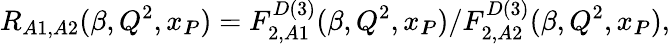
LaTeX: R_{A1,A2}(\beta,Q^{2},x_{I\! \! P})=F_{2,A1}^{D(3)}(\beta,Q^{2},x_{I\! \! P})/F_{2,A2}^{D(3)}(\beta,Q^{2},x_{I\! \! P}),